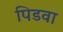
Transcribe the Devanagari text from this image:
पिडवा